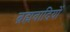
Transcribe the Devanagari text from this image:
ब्रह्मवादियों